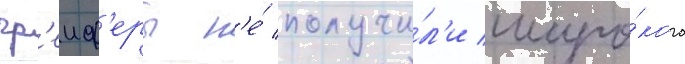
гр'еиф'еры н'е́ получи́л'и широ́кого